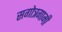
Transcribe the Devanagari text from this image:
सगोत्रगामी